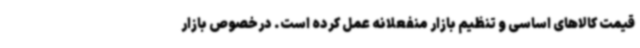
قیمت کالاهای اساسی و تنظیم بازار منفعلانه عمل کرده است. درخصوص بازار